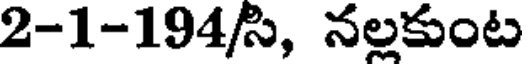
2-1-194/సి, నల్లకుంట